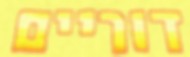
דוריים